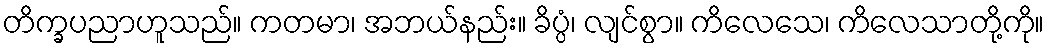
တိက္ခပညာဟူသည်။ ကတမာ၊ အဘယ်နည်း။ ခိပ္ပံ၊ လျင်စွာ။ ကိလေသေ၊ ကိလေသာတို့ကို။